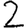
Digit: 2